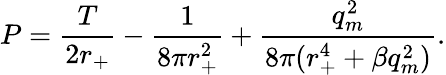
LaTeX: P=\frac{T}{2r_{+}}-\frac{1}{8\pi r_{+}^{2}}+\frac{q_{m}^{2}}{8\pi(r_{+}^{4}+\beta q_{m}^{2})}.